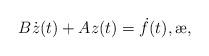
LaTeX: \begin{align*}B\dot{z}(t) + A{z}(t)=\dot{f}(t), \ae,\end{align*}